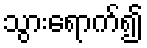
သွားရောက်၍